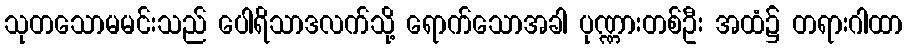
သုတသောမမင်းသည် ပေါရိသာဒလက်သို့ ရောက်သောအခါ ပုဏ္ဏားတစ်ဦး အထံ၌ တရားဂါထာ